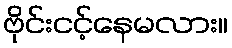
ဗိုင်းငင့်နေမလား။